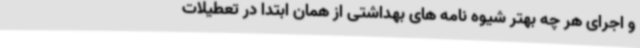
و اجرای هر چه بهتر شیوه نامه های بهداشتی از همان ابتدا در تعطیلات